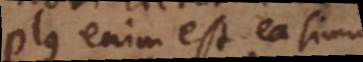
plus enim est ea simul